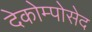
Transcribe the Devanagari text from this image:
देकोम्पोसेद